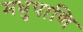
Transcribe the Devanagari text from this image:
मधुपाणि